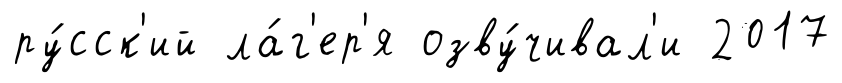
ру́сск'ий ла́г'ер'я озву́чивал'и 2017